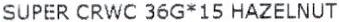
SUPER CRWC 36G*15 HAZELNUT